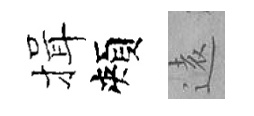
揖頰逺